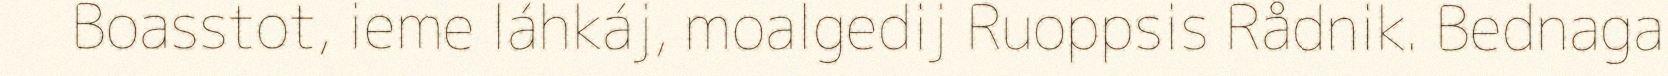
Boasstot, ieme láhkáj, moalgedij Ruoppsis Rådnik. Bednaga